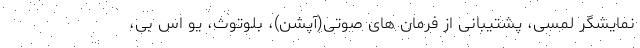
نمایشگر لمسی، پشتیبانی از فرمان های صوتی(آپشن)، بلوتوث، یو اس بی،